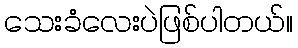
သေးခံလေးပဲဖြစ်ပါတယ်။